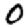
Digit: 0